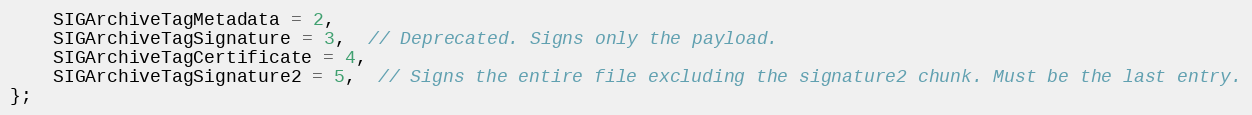
Language: C
    SIGArchiveTagMetadata = 2,
    SIGArchiveTagSignature = 3,  // Deprecated. Signs only the payload.
    SIGArchiveTagCertificate = 4,
    SIGArchiveTagSignature2 = 5,  // Signs the entire file excluding the signature2 chunk. Must be the last entry.
};